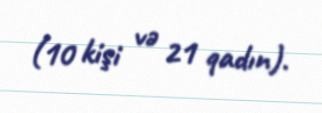
(10 kişi və 21 qadın).